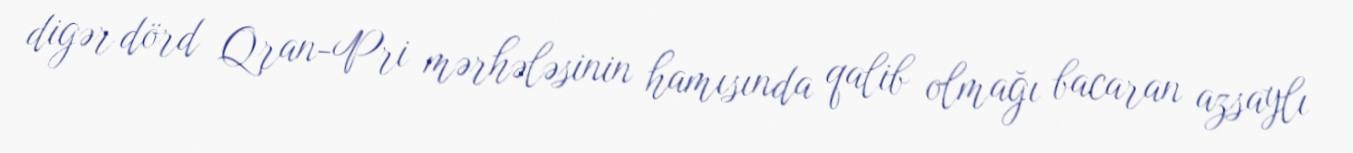
digər dörd Qran-Pri mərhələsinin hamısında qalib olmağı bacaran azsaylı